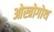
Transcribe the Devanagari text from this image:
ओस्त्रोगोथ